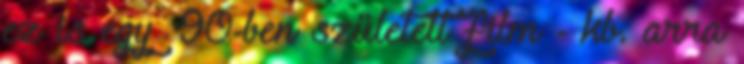
ez is egy '90-ben született film - kb. arra